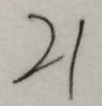
2 1